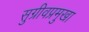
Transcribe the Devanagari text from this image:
सुग्रीवप्रमुखा